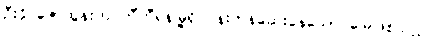
ဦးခိုင်ဇော်ထွန်းက တီဟီရန်မြို့ရှိ ပန်းကန်ဆေးနေသော မြေဖြစ်သည်